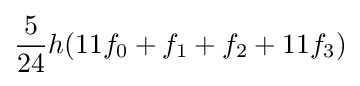
{\frac {5}{24}}h(11f_{0}+f_{1}+f_{2}+11f_{3})